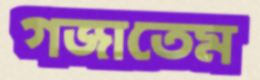
গজাতেম